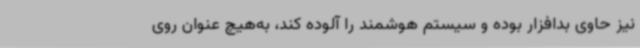
نیز حاوی بدافزار بوده و سیستم هوشمند را آلوده کند، به‌هیچ عنوان روی